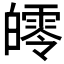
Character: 𤾨